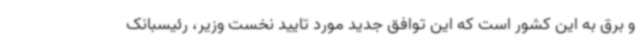
و برق به این کشور است که این توافق جدید مورد تایید نخست وزیر، رئیسبانک